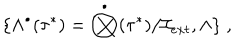
\{ \Lambda ^ { \bullet } ( \tau ^ { * } ) = \bigotimes ^ { \bullet } ( \tau ^ { * } ) / { \cal I } _ { e x t } , \wedge \} \; ,